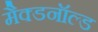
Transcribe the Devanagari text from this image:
मैक्डनॉल्ड